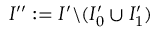
I ^ { \prime \prime } : = I ^ { \prime } \backslash ( I _ { 0 } ^ { \prime } \cup I _ { 1 } ^ { \prime } )